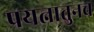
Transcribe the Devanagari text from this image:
प्रयत्नातुनच